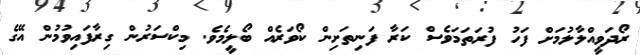
ރޯދަވީއްލާލުމަށް ފަހު ފުރަތަމަވެސް ކަރާ ފަނިތަށިން ކޯވަރެއް ބޯލީމެވެ. މިކްސަރުން ގިރާފައިވުމުން އޭގެ